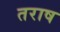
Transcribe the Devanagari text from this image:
तराष